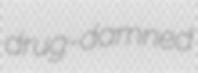
drug-damned